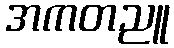
အကတညူ